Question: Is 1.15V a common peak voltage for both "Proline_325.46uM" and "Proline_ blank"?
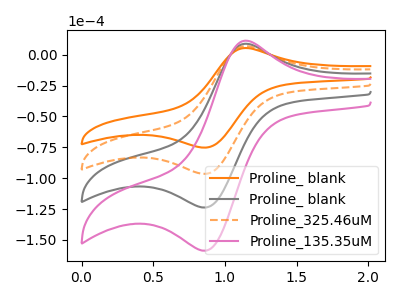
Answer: <think>The orange curve "Proline_ blank" has an anodic peak at (1.15V, 5.35uA) and a cathodic peak at (0.85V, -75.25uA). The gray curve "Proline_ blank" has an anodic peak at (1.15V, 13.65uA) and a cathodic peak at (0.85V, -192.95uA). The orange dashed curve "Proline_325.46uM" has an anodic peak at (1.15V, 6.85uA) and a cathodic peak at (0.85V, -96.45uA). The pink curve "Proline_135.35uM" has an anodic peak at (1.15V, 20.50uA) and a cathodic peak at (0.85V, -289.40uA).</think>
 <answer>Yes, "Proline_325.46uM" and "Proline_ blank" share a peak at 1.15V.</answer>
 <eval>match</eval>